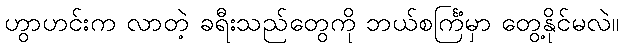
ဟွာဟင်းက လာတဲ့ ခရီးသည်တွေကို ဘယ်စင်္ကြံမှာ တွေ့နိုင်မလဲ။